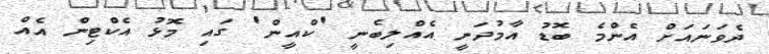
ދެވަނައަށް އެންމެ ބޮޑު އާމުދަނީ އެއްލިބެނީ 'ކްއީން' ގައި މޮޅު އެކްޓިން އެއް